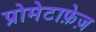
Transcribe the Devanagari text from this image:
प्रोमेटाफ़ेज़